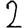
Digit: 2